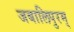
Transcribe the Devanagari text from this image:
जबालिपुरम्